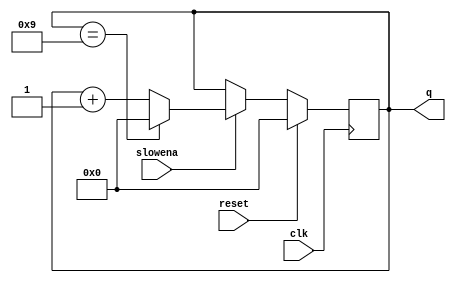
module top_module (
    input clk,
    input slowena,
    input reset,
    output [3:0] q);
    
    always @(posedge clk)
        begin
            q <= reset ? 0 : (~slowena)?q:(q==4'd9)?0:q+1;
        end

endmodule